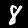
Digit: 8